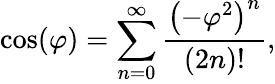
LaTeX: \cos(\varphi)=\sum_{n=0}^{\infty}{\frac{\left(-\varphi^{2}\right)^{n}}{(2n)!}},